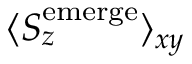
\langle S _ { z } ^ { \mathrm { e m e r g e } } \rangle _ { x y }